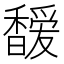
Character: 𩡖